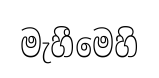
මැහීමෙහි